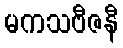
မကသဗီဇနီ